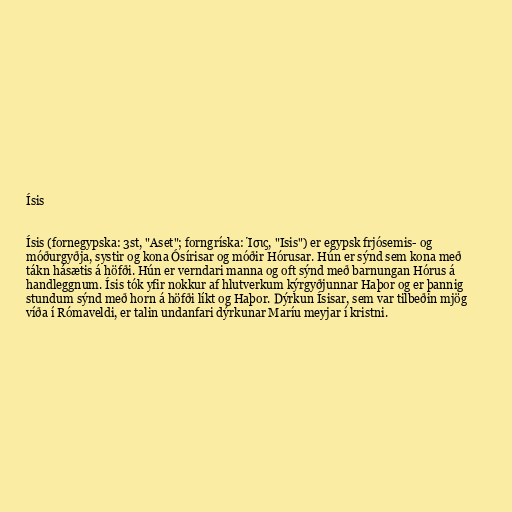
Ísis

Ísis (fornegypska: 3st, "Aset"; forngríska: Ίσις, "Isis") er egypsk frjósemis- og
móðurgyðja, systir og kona Ósírisar og móðir Hórusar. Hún er sýnd sem kona með
tákn hásætis á höfði. Hún er verndari manna og oft sýnd með barnungan Hórus á
handleggnum. Ísis tók yfir nokkur af hlutverkum kýrgyðjunnar Haþor og er þannig
stundum sýnd með horn á höfði líkt og Haþor. Dýrkun Ísisar, sem var tilbeðin mjög
víða í Rómaveldi, er talin undanfari dýrkunar Maríu meyjar í kristni.